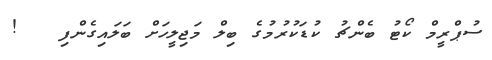
ސުޕްރީމް ކޯޓު ބެންޗު ކުޑަކުރުމުގެ ބިލް މަޖިލީހަށް ބަލައިގެންފި   !